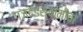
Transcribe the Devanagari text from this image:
गजदंडस्वामींचा